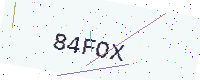
Text: 84FOX